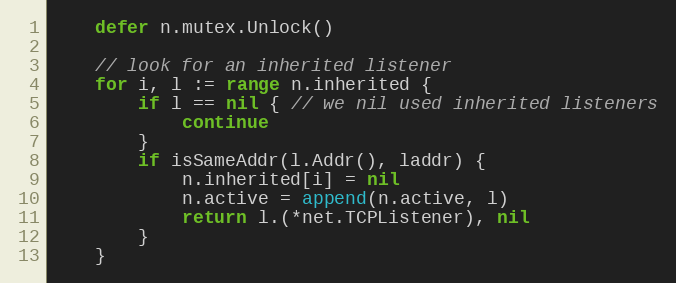
Language: Go
	defer n.mutex.Unlock()

	// look for an inherited listener
	for i, l := range n.inherited {
		if l == nil { // we nil used inherited listeners
			continue
		}
		if isSameAddr(l.Addr(), laddr) {
			n.inherited[i] = nil
			n.active = append(n.active, l)
			return l.(*net.TCPListener), nil
		}
	}